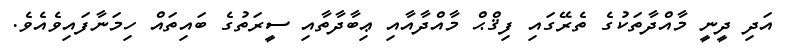
އަދި ދީނީ މާއްދާތަކުގެ ތެރޭގައި ފިޤްޙް މާއްދާއާއި ޢިބާދާތާއި ސީރަތުގެ ބައިތައް ހިމަނާފައިވެއެވެ.